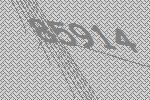
85914